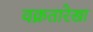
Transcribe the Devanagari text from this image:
वक्रतारेखा